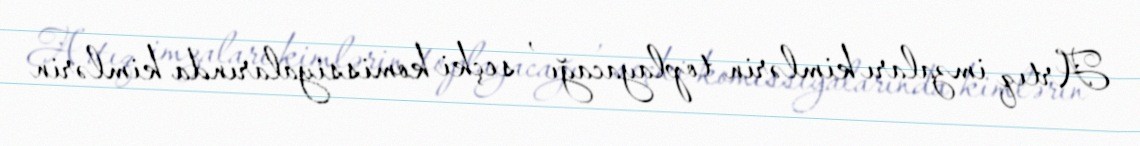
Artıq imzaları kimlərin toplayacağı , seçki komissiyalarında kimlərin